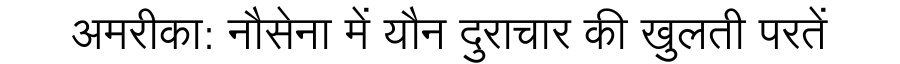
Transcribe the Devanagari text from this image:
अमरीका: नौसेना में यौन दुराचार की खुलती परतें